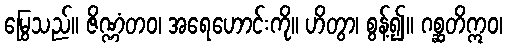
မြွေသည်။ ဇိဏ္ဏံတဝ၊ အရေဟောင်းကို။ ဟိတွာ၊ စွန့်၍။ ဂစ္ဆတိဣဝ၊